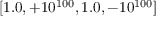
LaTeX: [ 1 . 0 , + 1 0 ^ { 1 0 0 } , 1 . 0 , - 1 0 ^ { 1 0 0 } ]